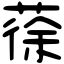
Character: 蒣